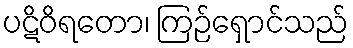
ပဋိဝိရတော၊ ကြဉ်ရှောင်သည်